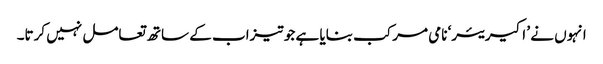
انہوں نے ’ اکیریئر‘ نامی مرکب بنایا ہے جو تیزاب کے ساتھ تعامل نہیں کرتا۔